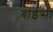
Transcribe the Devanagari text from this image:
बाईसी